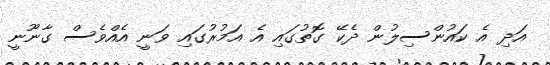
އަދި އެ ކައުންސިލުން ދެކޭ ގޮތުގައި އެ އަމުރުގައި ވަނީ އެއްވެސް ގާނޫނީ